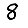
Digit: 8